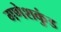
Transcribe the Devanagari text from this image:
गणेशकुंड